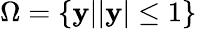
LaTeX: \Omega=\left\{ \mathbf{y}||\mathbf{y}|\leq 1\right\}